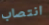
انتصاب